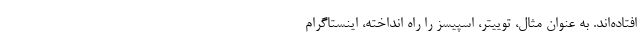
افتاده‌اند. به‌ عنوان مثال، توییتر، اسپیسز را راه انداخته، اینستاگرام